Report of the Bombay Veterinary College
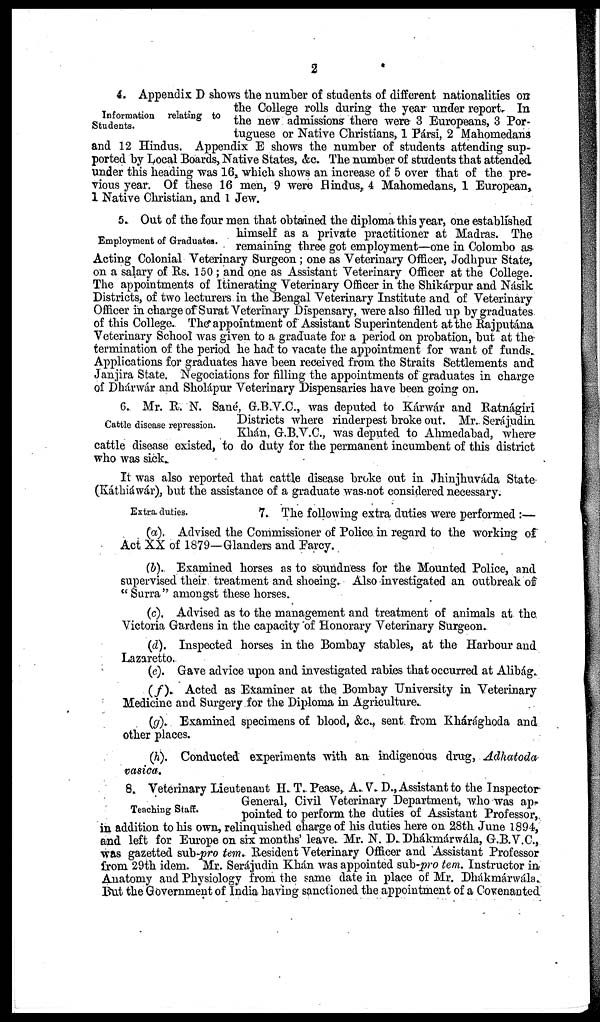
2
Information relating to
Students.
4. Appendix D shows the number of students of different nationalities on
the College rolls during the year under report. In
the new admissions there were 3 Europeans, 3 Por-
tuguese or Native Christians, 1 Pársi, 2 Mahomedans
and 12 Hindus. Appendix E shows the number of students attending sup-
ported by Local Boards, Native States, &c. The number of students that attended
under this heading was 16, which shows an increase of 5 over that of the pre-
vious year. Of these 16 men, 9 were Hindus, 4 Mahomedans, 1 European,
1 Native Christian, and 1 Jew.
Employment of Graduates.
5. Out of the four men that obtained the diploma this year, one established
himself as a private practitioner at Madras. The
remaining three got employment—one in Colombo as
Acting Colonial Veterinary Surgeon; one as Veterinary Officer, Jodhpur State-,
on a salary of Rs. 150 ; and one as Assistant Veterinary Officer at the College.
The appointments of Itinerating Veterinary Officer in the Shikárpur and Násik
Districts, of two lecturers in the Bengal Veterinary Institute and of Veterinary
Officer in charge of Surat Veterinary Dispensary, were also filled up by graduates
of this College. The appointment of Assistant Superintendent at the Rajputána
Veterinary School was given to a graduate for a period on probation, but at the
termination of the period he had to vacate the appointment for want of funds.
Applications for graduates have been received from the Straits Settlements and
Janjira State. Negociations for filling the appointments of graduates in charge
of Dhárwár and Sholápur Veterinary Dispensaries have been going on.
Cattle disease repression.
6. Mr. R. N. Sané, G.B.V.C., was deputed to Kárwár and Ratnágiri
Districts where rinderpest broke out. Mr. Serájudin
Khán, G.B.V.C., was deputed to Ahmedabad, where
cattle disease existed, to do duty for the permanent incumbent of this district
who was sick.
It was also reported that cattle disease broke out in Jhinjhuváda State
(Káthiáwár), but the assistance of a graduate was not considered necessary.
Extra duties.
7. The following extra duties were performed :—
(a). Advised the Commissioner of Police in regard to the working of
Act XX of 1879—Glanders and Farcy.
(b). Examined horses as to soundness for the Mounted Police, and
supervised their treatment and shoeing. Also investigated an outbreak of
"Surra" amongst these horses.
(c). Advised as to the management and treatment of animals at the
Victoria Gardens in the capacity of Honorary Veterinary Surgeon.
(d). Inspected horses in the Bombay stables, at the Harbour and
Lazaretto.
(e). Gave advice upon and investigated rabies that occurred at Alibág.
(f). Acted as Examiner at the Bombay University in Veterinary
Medicine and Surgery for the Diploma in Agriculture.
(g). Examined specimens of blood, &c., sent from Khárághoda and
other places.
(h). Conducted experiments with an indigenous drug, Adhatoda
vasica.
Teaching Staff.
8. Veterinary Lieutenant H. T. Pease, A. V. D., Assistant to the Inspector
General, Civil Veterinary Department, who was ap-
pointed to perform the duties of Assistant Professor,
in addition to his own, relinquished charge of his duties here on 28th June 1894,
and left for Europe on six months' leave. Mr. N. D. Dhákmárwála, G.B.V.C.,
was gazetted sub-pro tem. Resident Veterinary Officer and Assistant Professor
from 29th idem. Mr. Serájudin Khán was appointed sub-pro tem. Instructor in
Anatomy and Physiology from the same date in place of Mr. Dhákmárwála.
But the Government of India having sanctioned the appointment of a Covenanted